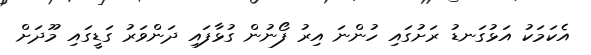
އެކަމަކު އަޅުގަނޑު ރަށުގައި ހުންނަ އިރު ފޯނުން ގުޅާފައި ދަންވަރު ގަޑީގައި މޫދަށް